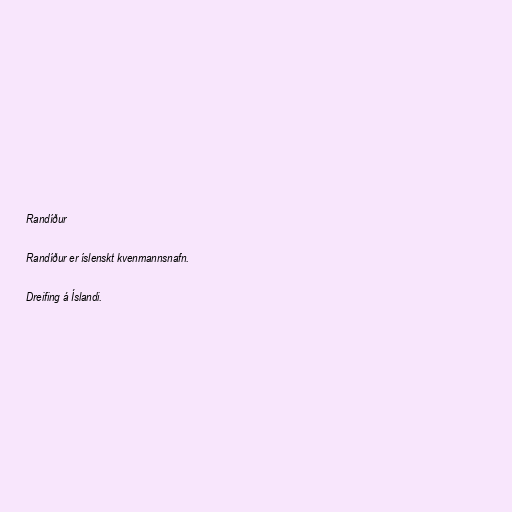
Randíður

Randíður er íslenskt kvenmannsnafn.

Dreifing á Íslandi.